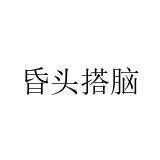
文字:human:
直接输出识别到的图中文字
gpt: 昏头搭脑